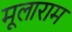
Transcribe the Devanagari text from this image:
मूलाराम